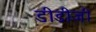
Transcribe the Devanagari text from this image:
डीडीजी